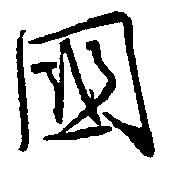
国